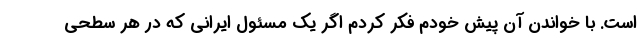
است. با خواندن آن پیش خودم فکر کردم اگر یک مسئول ایرانی که در هر سطحی